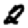
Digit: 2